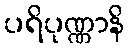
ပရိပုဏ္ဏာနိ